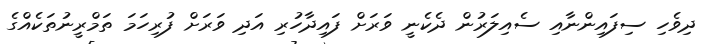
ދިވެހި ސިފައިންނާއި ސެއިލަރުން ދެކެނީ ވަރަށް ފައިދާހުރި އަދި ވަރަށް ފުރިހަމަ ތަމްރީނުތަކެއްގެ